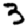
Digit: 3